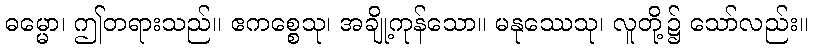
ဓမ္မော၊ ဤတရားသည်။ ဧကစ္စေသု၊ အချို့ကုန်သော။ မနုဿေသု၊ လူတို့၌ သော်လည်း။